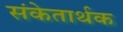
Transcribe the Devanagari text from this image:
संकेतार्थक